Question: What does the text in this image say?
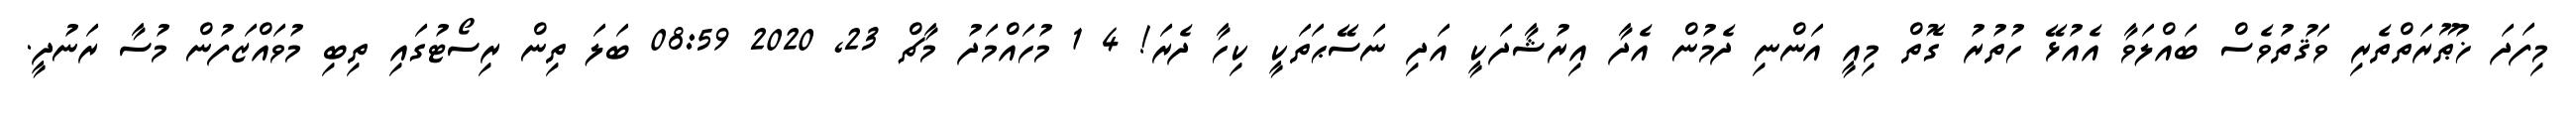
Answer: މިފަދަ ޚުޠޫރަތްތެރި ވަޤުތުވެސް ބައްލަވާ އެއުޅޭ ހުތުރު ގޮތް މިއީ އަންނި ދެމުން އެދާ އިރުޝާދަކީ އަދި ނަސޭޙަތަކީ ކިހާ ދެރަ! 4 1 މުހައްމަދު މާޗް 23, 2020 08:59 ބަލަ ތިން ރިސޯޓުގައި ތިބި މުވައްޒަފުން މުސާ ރަނުދީ.